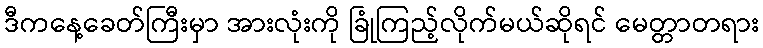
ဒီကနေ့ခေတ်ကြီးမှာ အားလုံးကို ခြုံကြည့်လိုက်မယ်ဆိုရင် မေတ္တာတရား